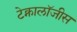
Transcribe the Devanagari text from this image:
टेक्नालॉजीस